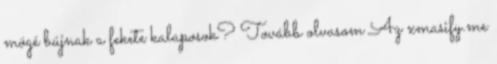
mögé bújnak a fekete kalaposok? Tovább olvasom Az xmasify.me